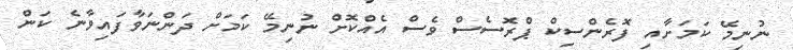
ނުނިމޭ ކަމަށާއި ފޮރެންސިކް ޕްރޮސެސް ވެސް އެއްކޮށް ނުނިމޭ ކަމަށް ދަންނަވާފައިވާނެ ކަން